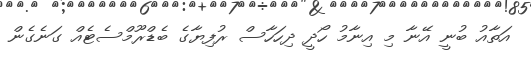
އަތާއު ބުނީ އޭނާ މި އިނާމު ހޯދީ ދިހަހާސް ރުފިޔާގެ ބެޑްރޫމްސެޓެއް ގަނެގެން